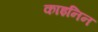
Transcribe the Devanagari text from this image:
काइनिन